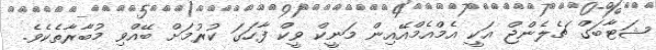
ޝަޓާބަގް ޗެލެންޖް އަކީ އެމްއެމްއޭއިން މަނީކް ވީކް ފާހަގަ ކުރުމަށް ބޭއްވި މުބާރާތެކެވެ.